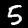
Digit: 5